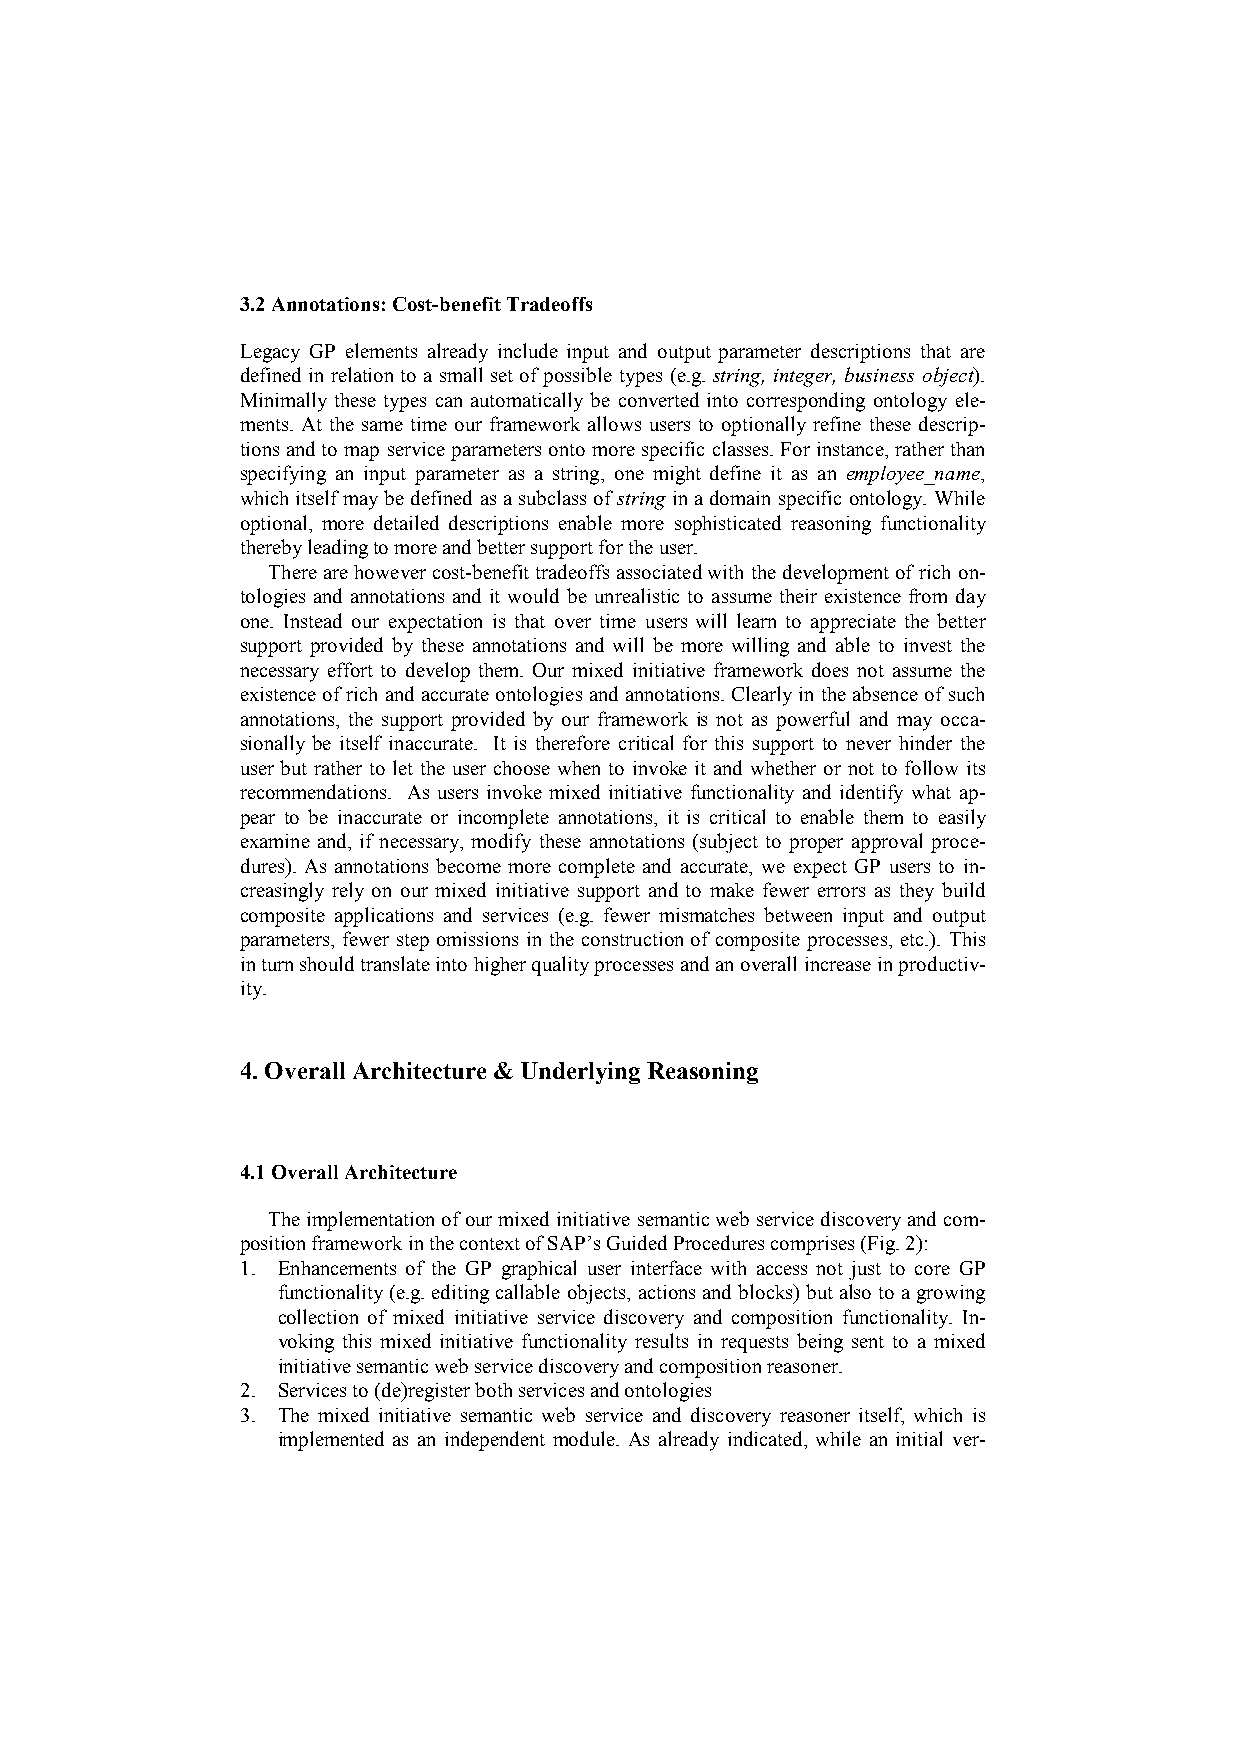
3.2 Annotations: Cost-benefit Tradeoffs
 Legacy GP elements already include input and output parameter descriptions that are
 defined in relation to a small set of possible types (e.g. string, integer, business object).
 Minimally these types can automatically be converted into corresponding ontology ele-
 ments. At the same time our framework allows users to optionally refine these descrip-
 tions and to map service parameters onto more specific classes. For instance, rather than
 specifying an input parameter as a string, one might define it as an employee_name,
 which itself may be defined as a subclass of string in a domain specific ontology. While
 optional, more detailed descriptions enable more sophisticated reasoning functionality
 thereby leading to more and better support for the user.
 There are however cost-benefit tradeoffs associated with the development of rich on-
 tologies and annotations and it would be unrealistic to assume their existence from day
 one. Instead our expectation is that over time users will learn to appreciate the better
 support provided by these annotations and will be more willing and able to invest the
 necessary effort to develop them. Our mixed initiative framework does not assume the
 existence of rich and accurate ontologies and annotations. Clearly in the absence of such
 annotations, the support provided by our framework is not as powerful and may occa-
 sionally be itself inaccurate. It is therefore critical for this support to never hinder the
 user but rather to let the user choose when to invoke it and whether or not to follow its
 recommendations. As users invoke mixed initiative functionality and identify what ap-
 pear to be inaccurate or incomplete annotations, it is critical to enable them to easily
 examine and, if necessary, modify these annotations (subject to proper approval proce-
 dures). As annotations become more complete and accurate, we expect GP users to in-
 creasingly rely on our mixed initiative support and to make fewer errors as they build
 composite applications and services (e.g. fewer mismatches between input and output
 parameters, fewer step omissions in the construction of composite processes, etc.). This
 in turn should translate into higher quality processes and an overall increase in productiv-
 ity.
 4. Overall Architecture & Underlying Reasoning
 4.1 Overall Architecture
 The implementation of our mixed initiative semantic web service discovery and com-
 position framework in the context of SAP’s Guided Procedures comprises (Fig. 2):
 1. Enhancements of the GP graphical user interface with access not just to core GP
 functionality (e.g. editing callable objects, actions and blocks) but also to a growing
 collection of mixed initiative service discovery and composition functionality. In-
 voking this mixed initiative functionality results in requests being sent to a mixed
 initiative semantic web service discovery and composition reasoner.
 2. Services to (de)register both services and ontologies
 3. The mixed initiative semantic web service and discovery reasoner itself, which is
 implemented as an independent module. As already indicated, while an initial ver-